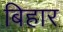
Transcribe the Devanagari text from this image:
बिहार